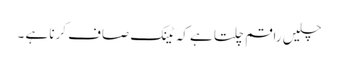
چلیں راقم چلتا ہے کہ ٹینک صاف کرنا ہے ۔